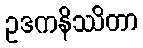
ဥဒကနိဿိတာ